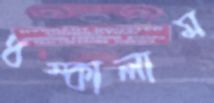
ধম্‌কালাম